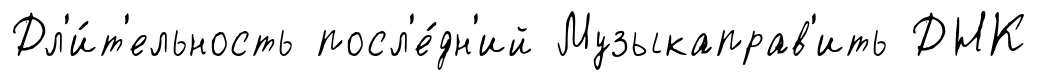
Дл'и́т'ельность посл'е́дн'ий Музыкаправ'ить ДНК